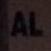
al